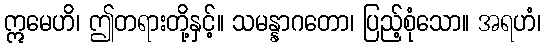
ဣမေဟိ၊ ဤတရားတို့နှင့်။ သမန္နာဂတော၊ ပြည့်စုံသော။ အရဟံ၊